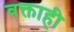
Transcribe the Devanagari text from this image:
वक्ताही